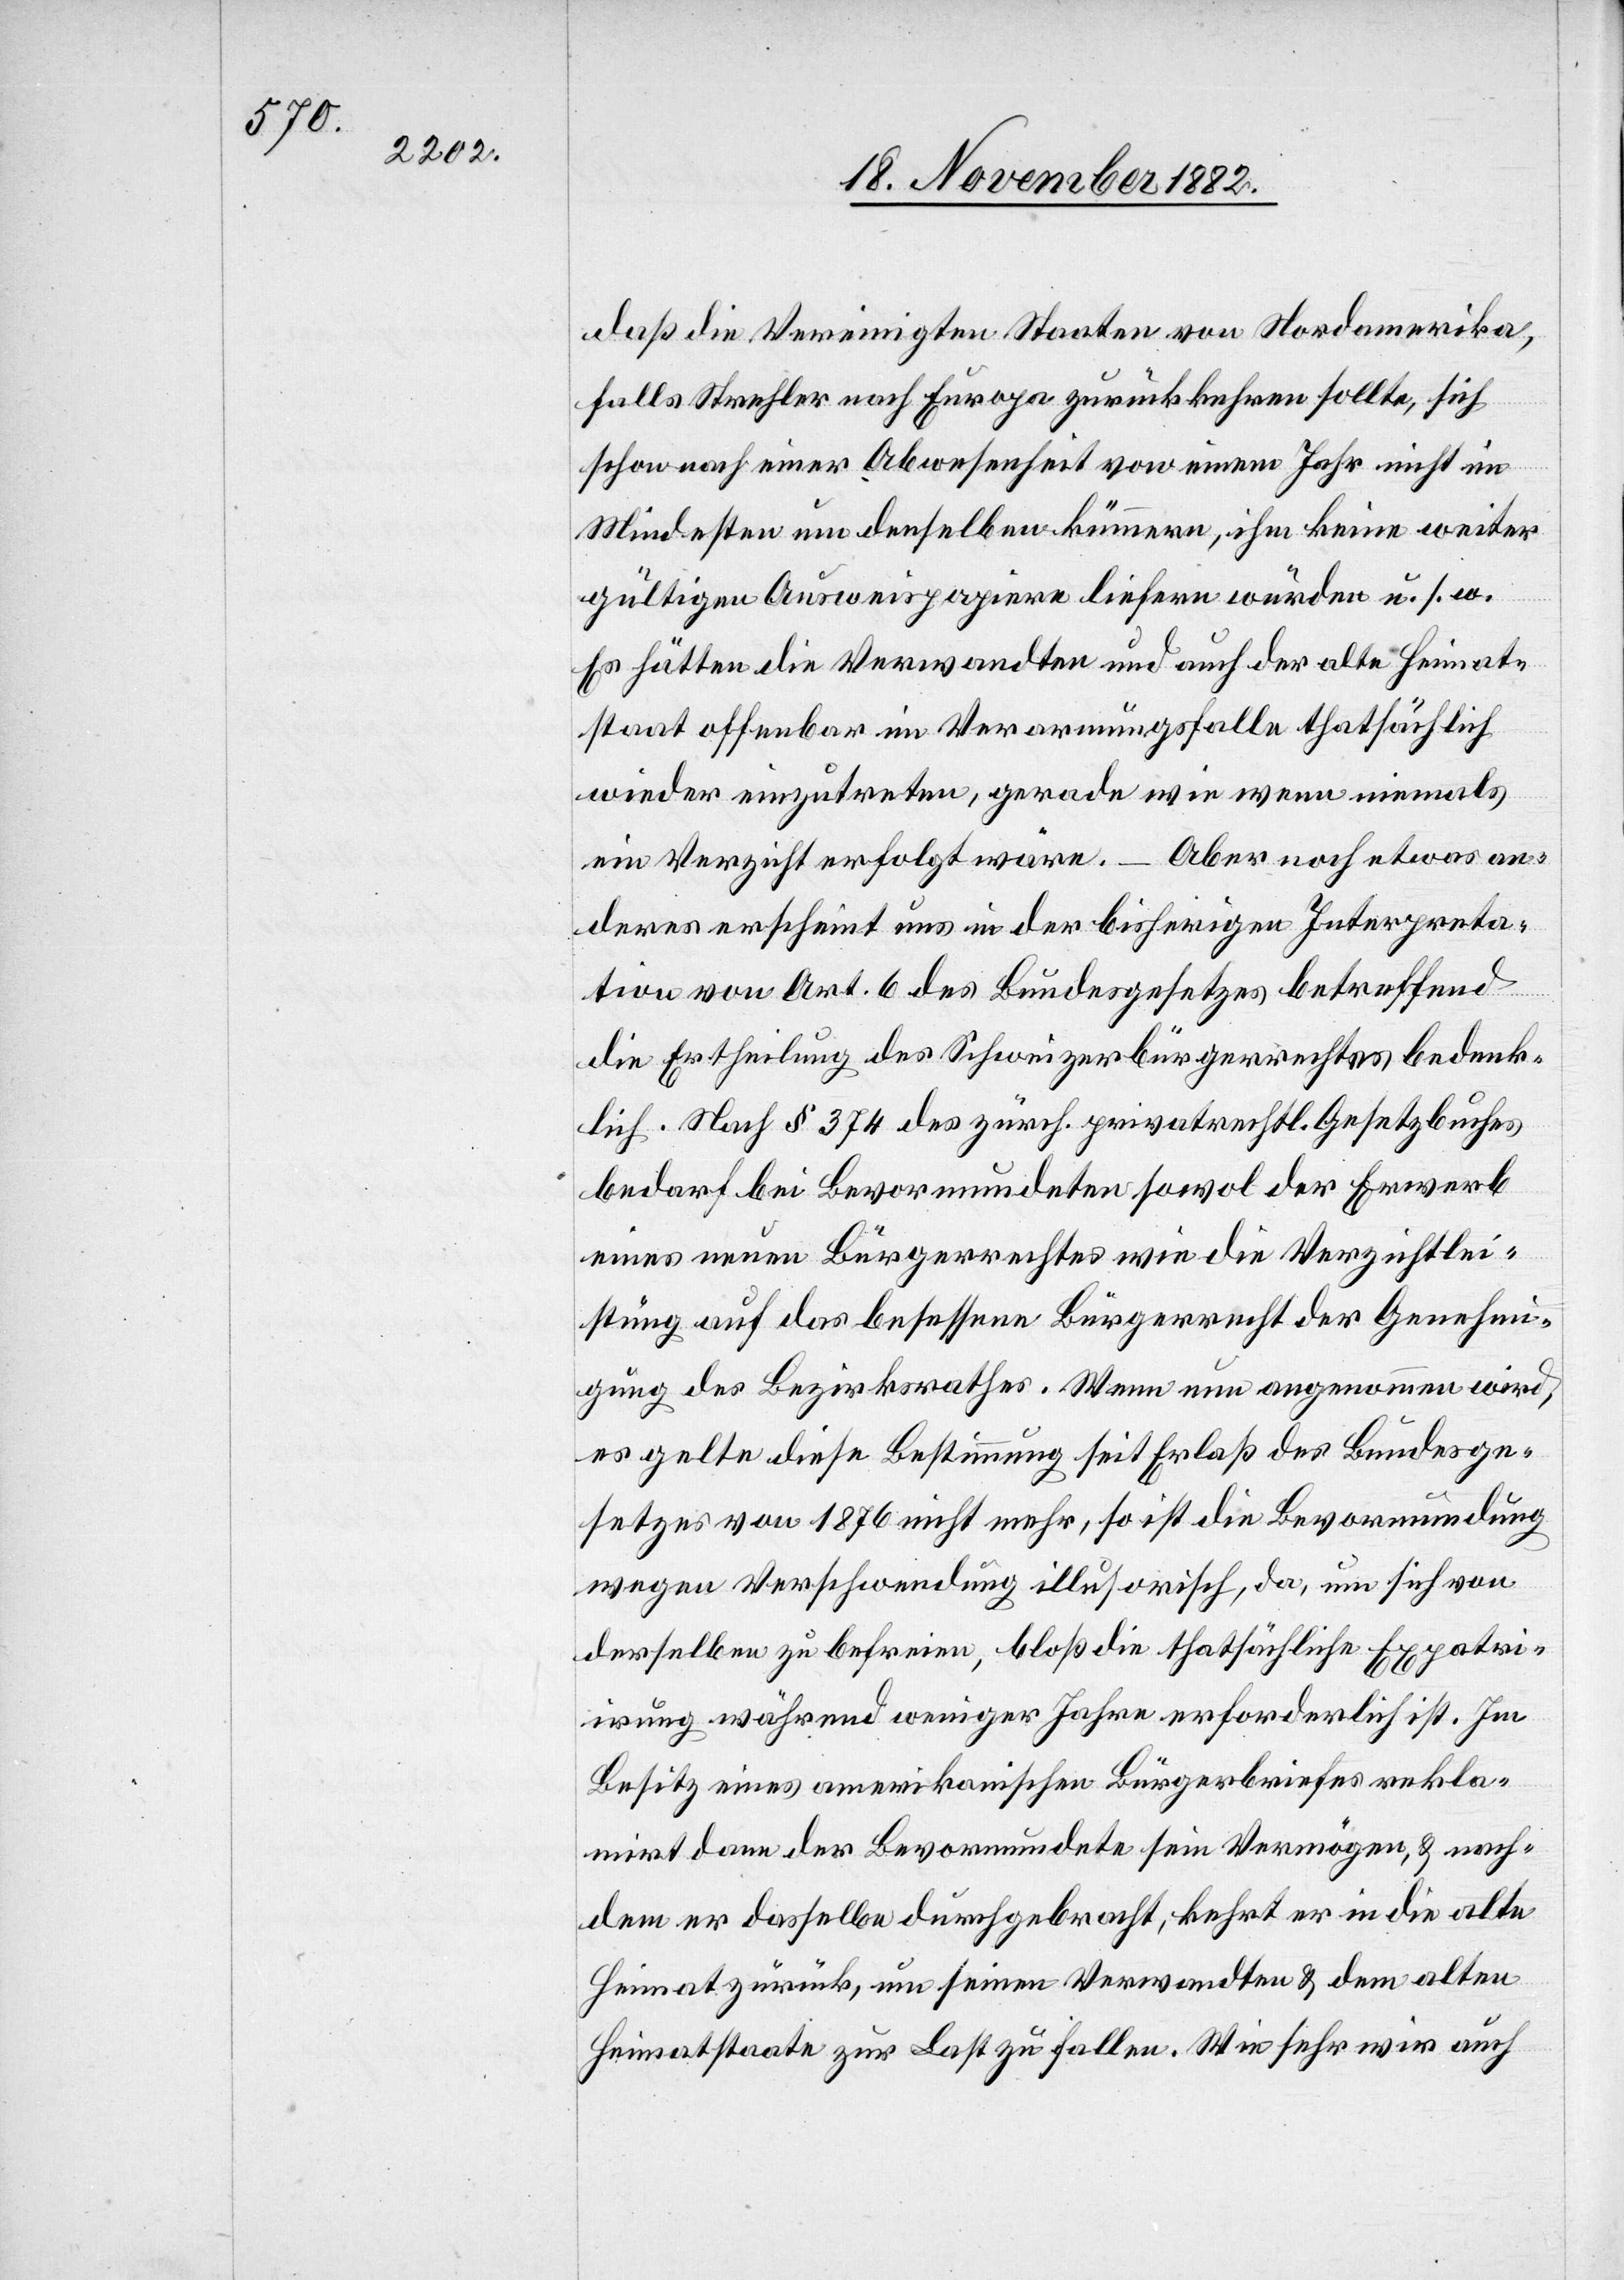
daß die Vereinigten Staaten von Nordamerika,
falls Strehler nach Europa zurückkehren sollte, sich
schon nach einer Abwesenheit von einem Jahr nicht im
Mindesten um denselben kümmern, ihm keine weiter
gültigen Ausweispapiere liefern würden u. s. w.
Es hätten die Verwandten und auch der alte Heimat¬
staat offenbar im Verarmungsfalle thatsächlich
wieder einzutreten, gerade wie wenn niemals
Aber noch etwas an¬
ein Verzicht erfolgt wäre.
deres erscheint uns in der bisherigen Interpreta¬
tion von Art. 6 des Bundesgesetzes betreffend
die Ertheilung des Schweizerbürgerrechtes bedenk¬
lich. Nach § 374 des zürch. privatrechtl. Gesetzbuches
bedarf bei Bevormundeten sowol der Erwerb
eines neuen Bürgerrechtes wie die Verzichtlei¬
stung auf das besessene Bürgerrecht der Genehmi¬
gung des Bezirksrathes. Wenn nun angenommen wird,
es gelt diese Bestimmung seit Erlaß des Bundesge¬
setzes von 1876 nicht mehr, so ist die Bevormundung
wegen Verschwendung illusorisch, da, um sich von
derselben zu befreien, bloß die thatsächliche Expatri¬
irung während weniger Jahre erforderlich ist. Im
Besitz eines amerikanischen Bürgerbriefes rekla¬
mirt dann der Bevormundete sein Vermögen, & nach¬
dem er dasselbe durchgebracht, kehrt er in die alte
Heimat zurück, um seinen Verwandten & dem alten
Heimatstaate zur Last zu fallen. Wie sehr wir auch